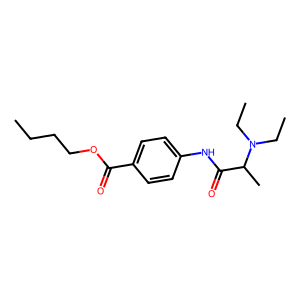
SMILES: CCCCOC(=O)c1ccc(NC(=O)C(C)N(CC)CC)cc1
Inhibits HIV replication: No